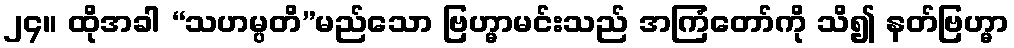
၂၄။ ထိုအခါ “သဟမ္ပတိ”မည်သော ဗြဟ္မာမင်းသည် အကြံတော်ကို သိ၍ နတ်ဗြဟ္မာ